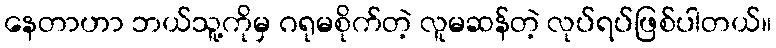
နေတာဟာ ဘယ်သူ့ကိုမှ ဂရုမစိုက်တဲ့ လူမဆန်တဲ့ လုပ်ရပ်ဖြစ်ပါတယ်။